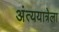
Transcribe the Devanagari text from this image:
अंत्ययात्रेला